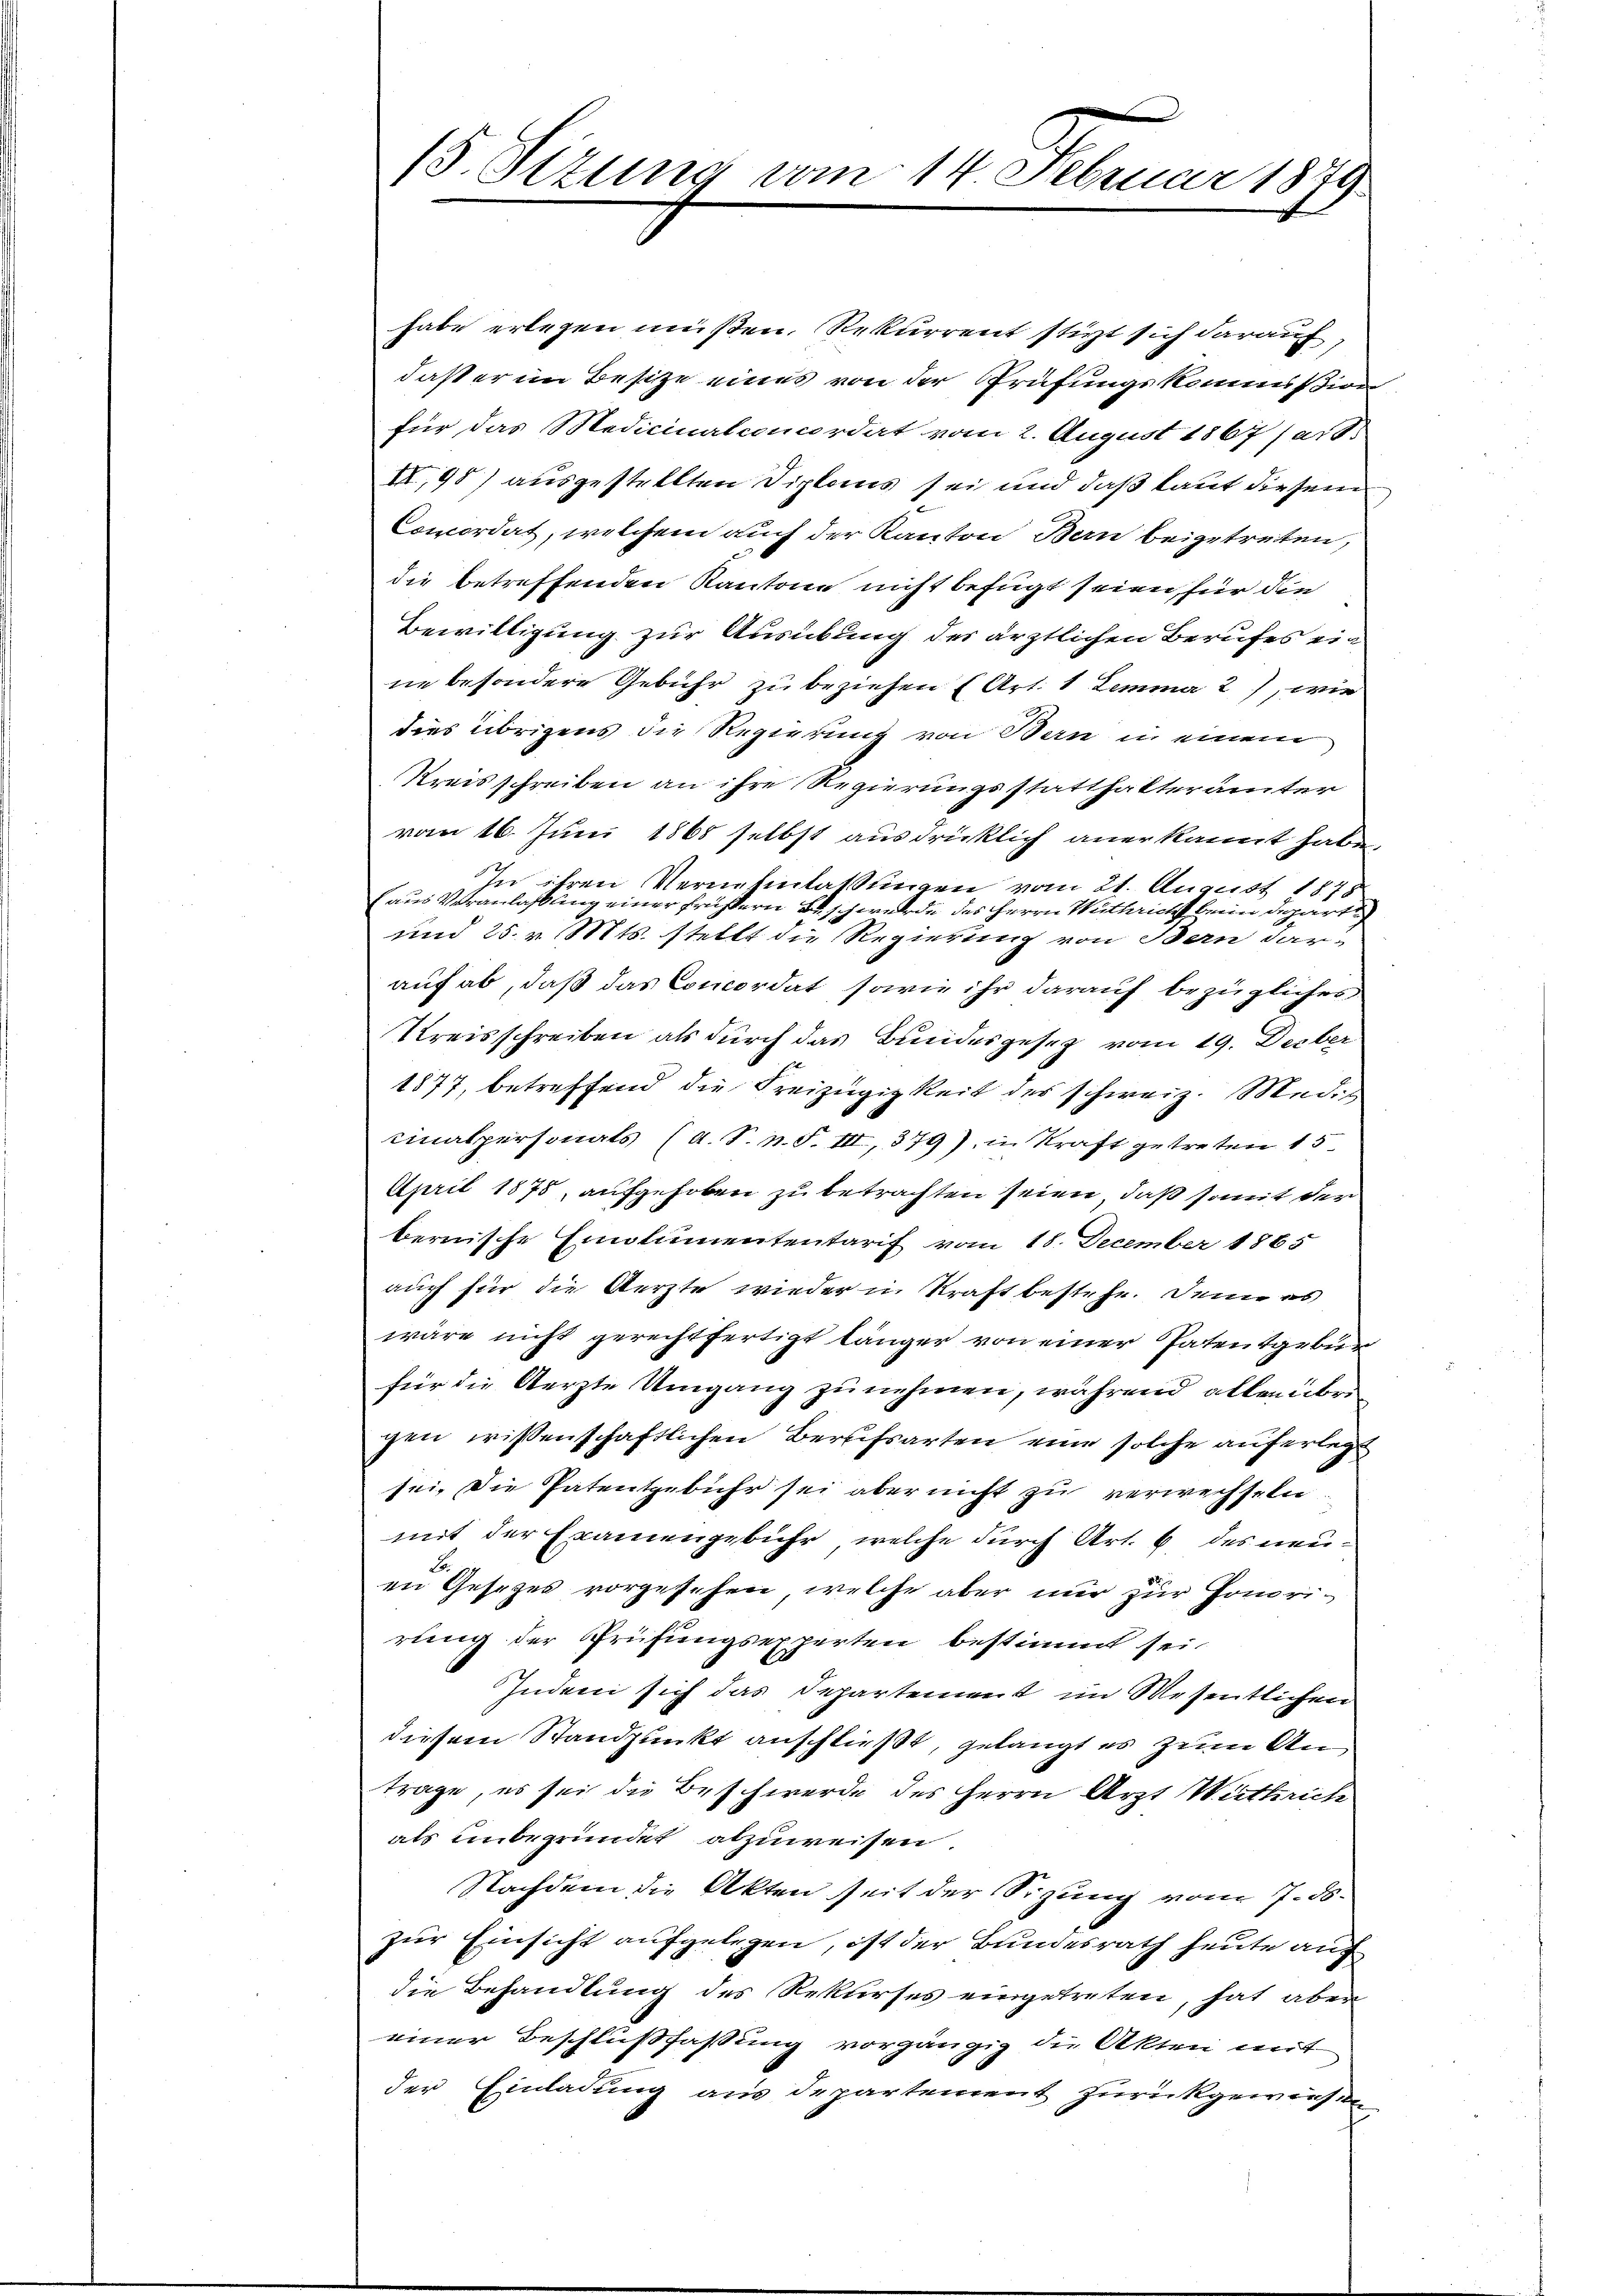
15. Sizung vom 14. Februar 1879

habe erlegen müßen, Rekurrent stürzt sich darauf,
daß er im Besitze eines von der Prüfungskommißion
für das Medicinalconcordat vom 2. August 1867 (art.
II,98) ausgestellten Diploms sei und daß kauf diesem
Comordat, welchem auch der Kanton Bern beigetreten,
die betreffenden Kantone nicht befugt seien, für die
Bewilligung zur Ausübung des ärztlichen Berufes ein
ne besondere Gebühr zu beziehen (Art. 1 Lemma 27, wie
dies übrigens die Regierung von Bern in einem
Kreisschreiben an ihre Regierungsstatthalterämter
vom 16. Juni 1865 selbst ausdrücklich anerkannt habe.
In ihren Vernehmlassungen vom 21. August 1878
(aus Veranlaßung einer frühern Beschwerde des Herrn Wuthricht beim Departi
und 25. v. Mts. stellt die Regierung von Bern darauf ab, daß das Concordat, sowie ihr darauf bezügliches
Kreisschreiben als durch das Bundesgesez vom 19. Decber
1877, betreffend die Freizügigkeit des schweiz. Mediz
cinalpersonats (A. S. n. F. III, 379), in Kraft getreten 15
April 1875, aufgehoben zu betrachten seien, daß somit der
bernische Emolumententarif vom 18. December 1865
auch für die Aerzte wieder in Kraft bestehe. Denn es
wäre nicht gerechtfertigt länger von einer Patentgeben
für die Aerzte Umgang zu nehmen, während allen übrigen wissenschaftlichen Berufsarten eine solche auferlegt
sei, die Patentgebühr sei aber nicht zu verwechseln.
mit der Examengebühr, welche durch Art. 6 des neuen Gesetzes vorgesehen, welche aber nur zur Honorirung der Prüfungsexperten bestimmt sei.
Indem sich das Departement im Wesentlichen
diesem Standpunkt anschließt, gelangt es zum Antrage, es sei die Beschwerde des Herrn Arzt Weittrich
als unbegründet abzuweisen.
Nachdem die Akten seit der Sitzung vom 7. ds.
zur Einsicht aufgelegen, ist der Bundesrath heute auf
die Behandlung des Rekurses eingetreten, hat aber
einer Beschlußfassung vorgängig die Akten mit
der Einladung aus departement zurückgewiesen